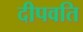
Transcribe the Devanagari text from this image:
दीपवति